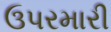
ઉપરમારી